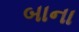
બાના